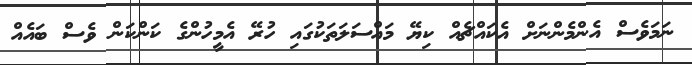
ނަމަވެސް އެންމެންނަށް އެކައްޗެއް ކިޔޭ މައްސަލަތަކުގައި ހުރޭ އެމީހުންގެ ކަންކަން ވެސް ބައެއް